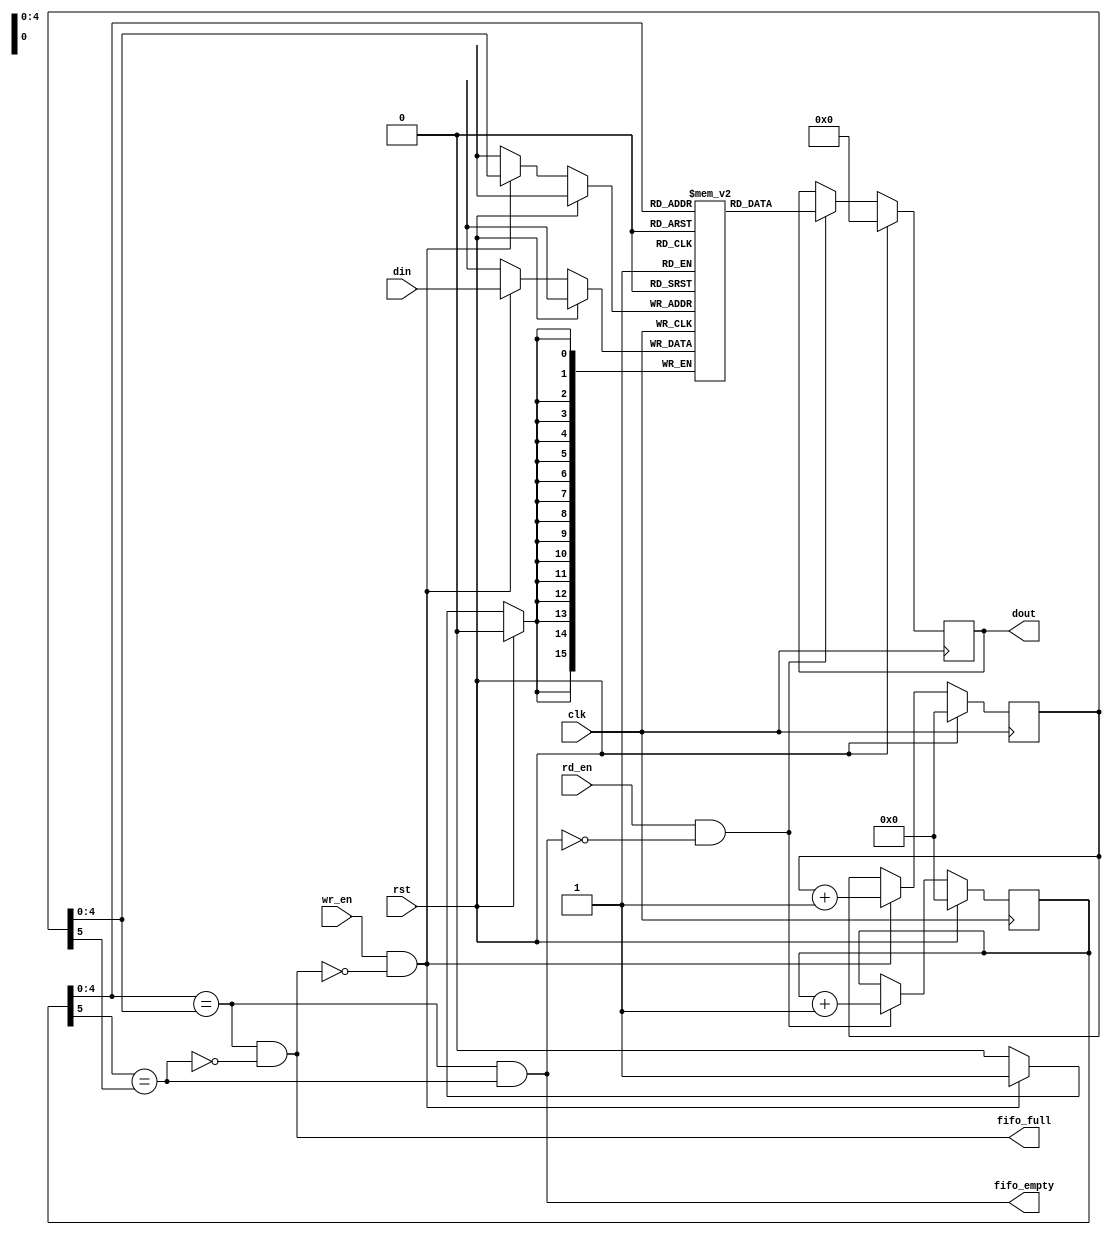
// This program was cloned from: https://github.com/AleksandarLilic/ama-riscv
// License: GNU General Public License v3.0

//-----------------------------------------------------------------------------
// Project:         AMA-RISCV
// Module:          FIFO RTL
// Description:     Parametrized FIFO module
//
// Version history:
//      2021-06-07  AL  0.1.0 - Initial
//      2021-06-07  AL  1.0.0 - Release
//-----------------------------------------------------------------------------

module fifo #(
    parameter DATA_WIDTH = 16,
    parameter FIFO_DEPTH = 32,
    parameter ADDR_WIDTH = $clog2(FIFO_DEPTH)   //def: 5
) (
    input   wire        clk, 
    input   wire        rst,

    // Write side
    input   wire [DATA_WIDTH-1:0] din,
    input   wire        wr_en,
    output  wire        fifo_full,

    // Read side
    input   wire        rd_en,
    output  wire        fifo_empty,
    output  reg  [DATA_WIDTH-1:0] dout
);

//-----------------------------------------------------------------------------
// Signals
// FIFO memory
reg [DATA_WIDTH-1:0] fifo_reg [FIFO_DEPTH-1:0];

// Pointers
// with added MSB in order to implement full/empty flags
reg  [ADDR_WIDTH-1+1:0] rd_ptr;
reg  [ADDR_WIDTH-1+1:0] wr_ptr;
// R/W Address
wire [ADDR_WIDTH-1  :0] wr_addr;
wire [ADDR_WIDTH-1  :0] rd_addr;
// Full/Empty detection
wire        wr_msb;
wire        rd_msb;
// Flags
wire        ptr_cmp_addr;
wire        ptr_cmp_msb;

//-----------------------------------------------------------------------------
// FIFO Flags
assign wr_addr = wr_ptr[ADDR_WIDTH-1:0];
assign rd_addr = rd_ptr[ADDR_WIDTH-1:0];
assign wr_msb  = wr_ptr[ADDR_WIDTH    ];
assign rd_msb  = rd_ptr[ADDR_WIDTH    ];

assign ptr_cmp_addr = (rd_addr == wr_addr);
assign ptr_cmp_msb  = (rd_msb  == wr_msb );
assign fifo_full    = (ptr_cmp_addr && !ptr_cmp_msb);
assign fifo_empty   = (ptr_cmp_addr &&  ptr_cmp_msb);

//-----------------------------------------------------------------------------
// FIFO Write
always @ (posedge clk) begin
    if (rst) begin
        wr_ptr  <= 'h0;
    end 
    else if (wr_en & !fifo_full) begin
        wr_ptr            <= wr_ptr + 1;
        fifo_reg[wr_addr] <= din;
    end
end

//-----------------------------------------------------------------------------
// FIFO Read
always @ (posedge clk) begin
    if (rst) begin
        rd_ptr  <= 'h0;
        dout    <= 'h0;
    end 
    else if (rd_en & !fifo_empty) begin
        rd_ptr  <= rd_ptr + 1;
        dout    <= fifo_reg[rd_addr];
    end
end

endmodule